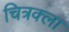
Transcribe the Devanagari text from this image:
चित्रक्ला